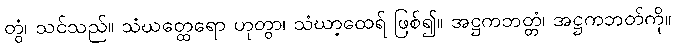
တွံ၊ သင်သည်။ သံဃတ္ထေရော ဟုတွာ၊ သံဃာ့ထေရ် ဖြစ်၍။ အဋ္ဌကဘတ္တံ၊ အဋ္ဌကဘတ်ကို။